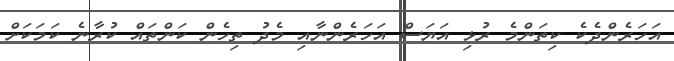
އަހަރެންދެކެ ކިތަންމެ ރުޅި އަޔަސް އަހަރެންނާއި މެދު ތިހެން ކަންތައް ކުރާނެ ކަމަކަށް